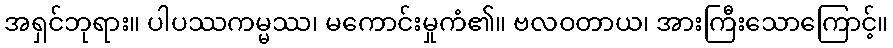
အရှင်ဘုရား။ ပါပဿကမ္မဿ၊ မကောင်းမှုကံ၏။ ဗလဝတာယ၊ အားကြီးသောကြောင့်။